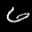
Label: 6